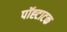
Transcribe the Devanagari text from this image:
पॉह्टाटक